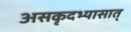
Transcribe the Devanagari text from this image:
असकृदभ्यासात्‌